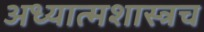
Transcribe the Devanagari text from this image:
अध्यात्मशास्त्रच